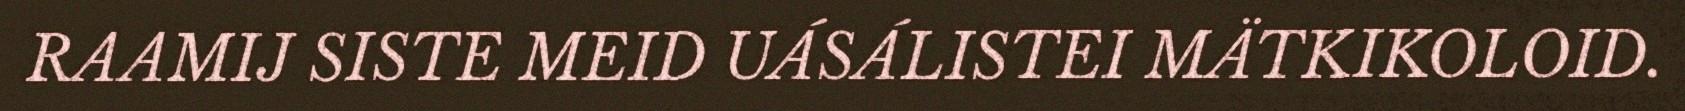
RAAMIJ SISTE MEID UÁSÁLISTEI MÄTKIKOLOID.